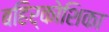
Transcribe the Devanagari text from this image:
बहिर्कोशिका